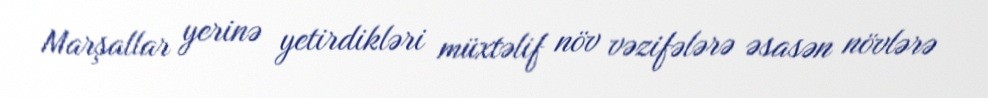
Marşallar yerinə yetirdikləri müxtəlif növ vəzifələrə əsasən növlərə